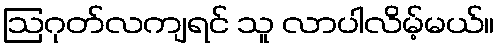
ဩဂုတ်လကျရင် သူ လာပါလိမ့်မယ်။